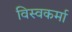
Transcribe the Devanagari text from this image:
विस्वकर्मा